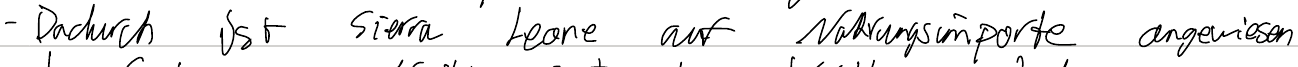
- Dadurch ist Sierra Leone auf Nahrungsimport angewiesen